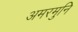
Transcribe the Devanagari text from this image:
अमरमुनि